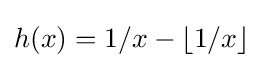
h(x)=1/x-\lfloor 1/x\rfloor